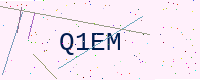
Text: Q1EM